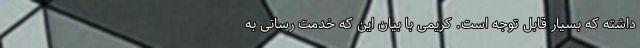
داشته که بسیار قابل توجه است. کریمی با بیان این که خدمت رسانی به